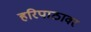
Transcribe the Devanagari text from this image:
हरिपाठावर